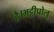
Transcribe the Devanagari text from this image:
है।भट्टीप्रोलु